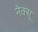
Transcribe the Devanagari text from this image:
नेक्सू